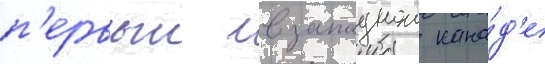
п'ервыи в западнои кана́д'е